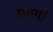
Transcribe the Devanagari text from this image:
प्रंसगी